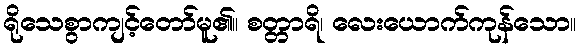
ရိုသေစွာကျင့်တော်မူ၏။ စတ္တာရိ၊ လေးယောက်ကုန်သော။